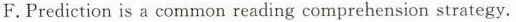
F.Prediction is a common reading comprehension strategy.